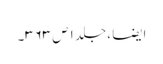
ایضا ، جلد ۱ ص ۳۶۳۔